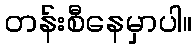
တန်းစီနေမှာပါ။